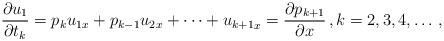
LaTeX: \begin{align*} \frac{\partial u_1}{\partial t_k}=p_k {u_1}_x +p_{k-1} {u_2}_x +\dots +{u_{k+1}}_x =\frac{\partial p_{k+1}}{\partial x}\, , k=2,3,4,\dots\, , \end{align*}